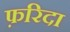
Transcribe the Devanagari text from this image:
फ़रिदा